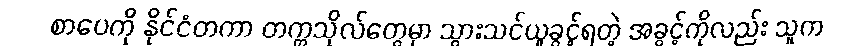
စာပေကို နိုင်ငံတကာ တက္ကသိုလ်တွေမှာ သွားသင်ယူခွင့်ရတဲ့ အခွင့်ကိုလည်း သူက